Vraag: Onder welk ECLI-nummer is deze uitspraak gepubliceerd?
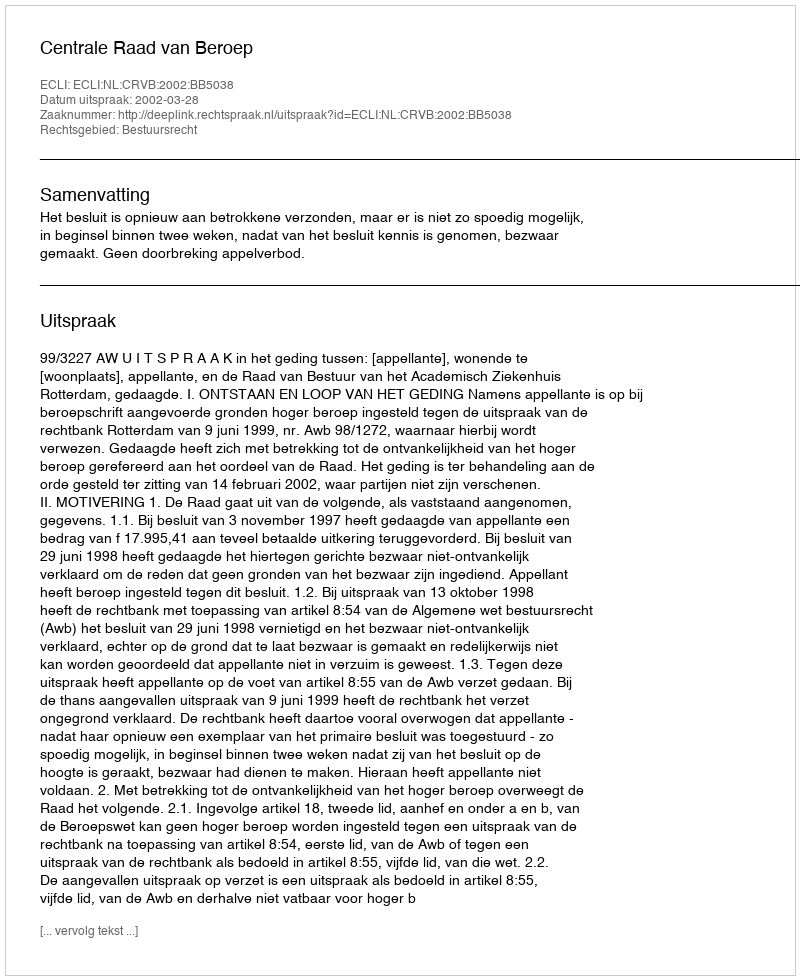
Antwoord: ECLI:NL:CRVB:2002:BB5038